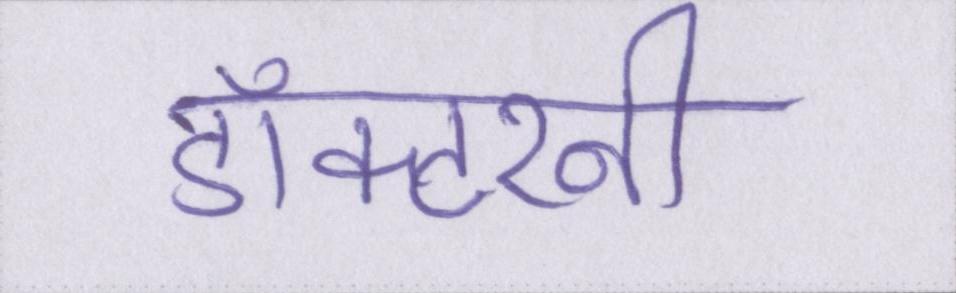
डॉक्टरनी